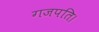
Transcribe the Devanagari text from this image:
गजपति।